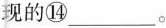
现的⑭___。